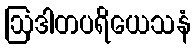
ဩဒါတပရိယေသနံ